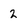
Character: 2